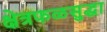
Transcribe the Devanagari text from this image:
क्षेत्रफळसुद्धा